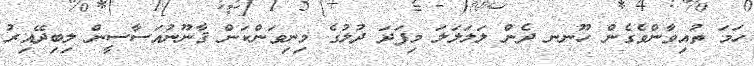
ހަމަ ތުއިވާންވެގެން ހޫނނ ދެން ލަލަލަަލަ މިފަދަ ދުލުގެ މިނިވަންކަން ޤާނޫނުއަސާސީން ލިިބިދޭއިރު